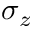
\sigma _ { z }